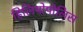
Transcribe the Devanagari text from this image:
हिलियोपोलिस